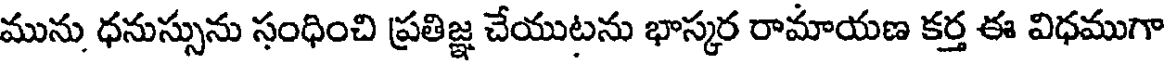
మును ధనుస్సును సంధించి ప్రతిజ్ఞ చేయుటను భాస్కర రామాయణ కర్త ఈ విధముగా